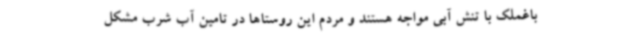
باغملک با تنش آبی مواجه هستند و مردم این روستاها در تامین آب شرب مشکل